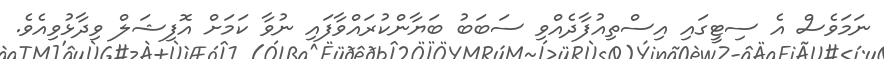
ނަމަވެސް އެ ސިޓީގައި އިސްތިއުފާދެއްވި ސަބަބު ބަޔާންކުރައްވާފައި ނުވާ ކަމަށް އޮފިޝަލް ވިދާޅުވިއެވެ.